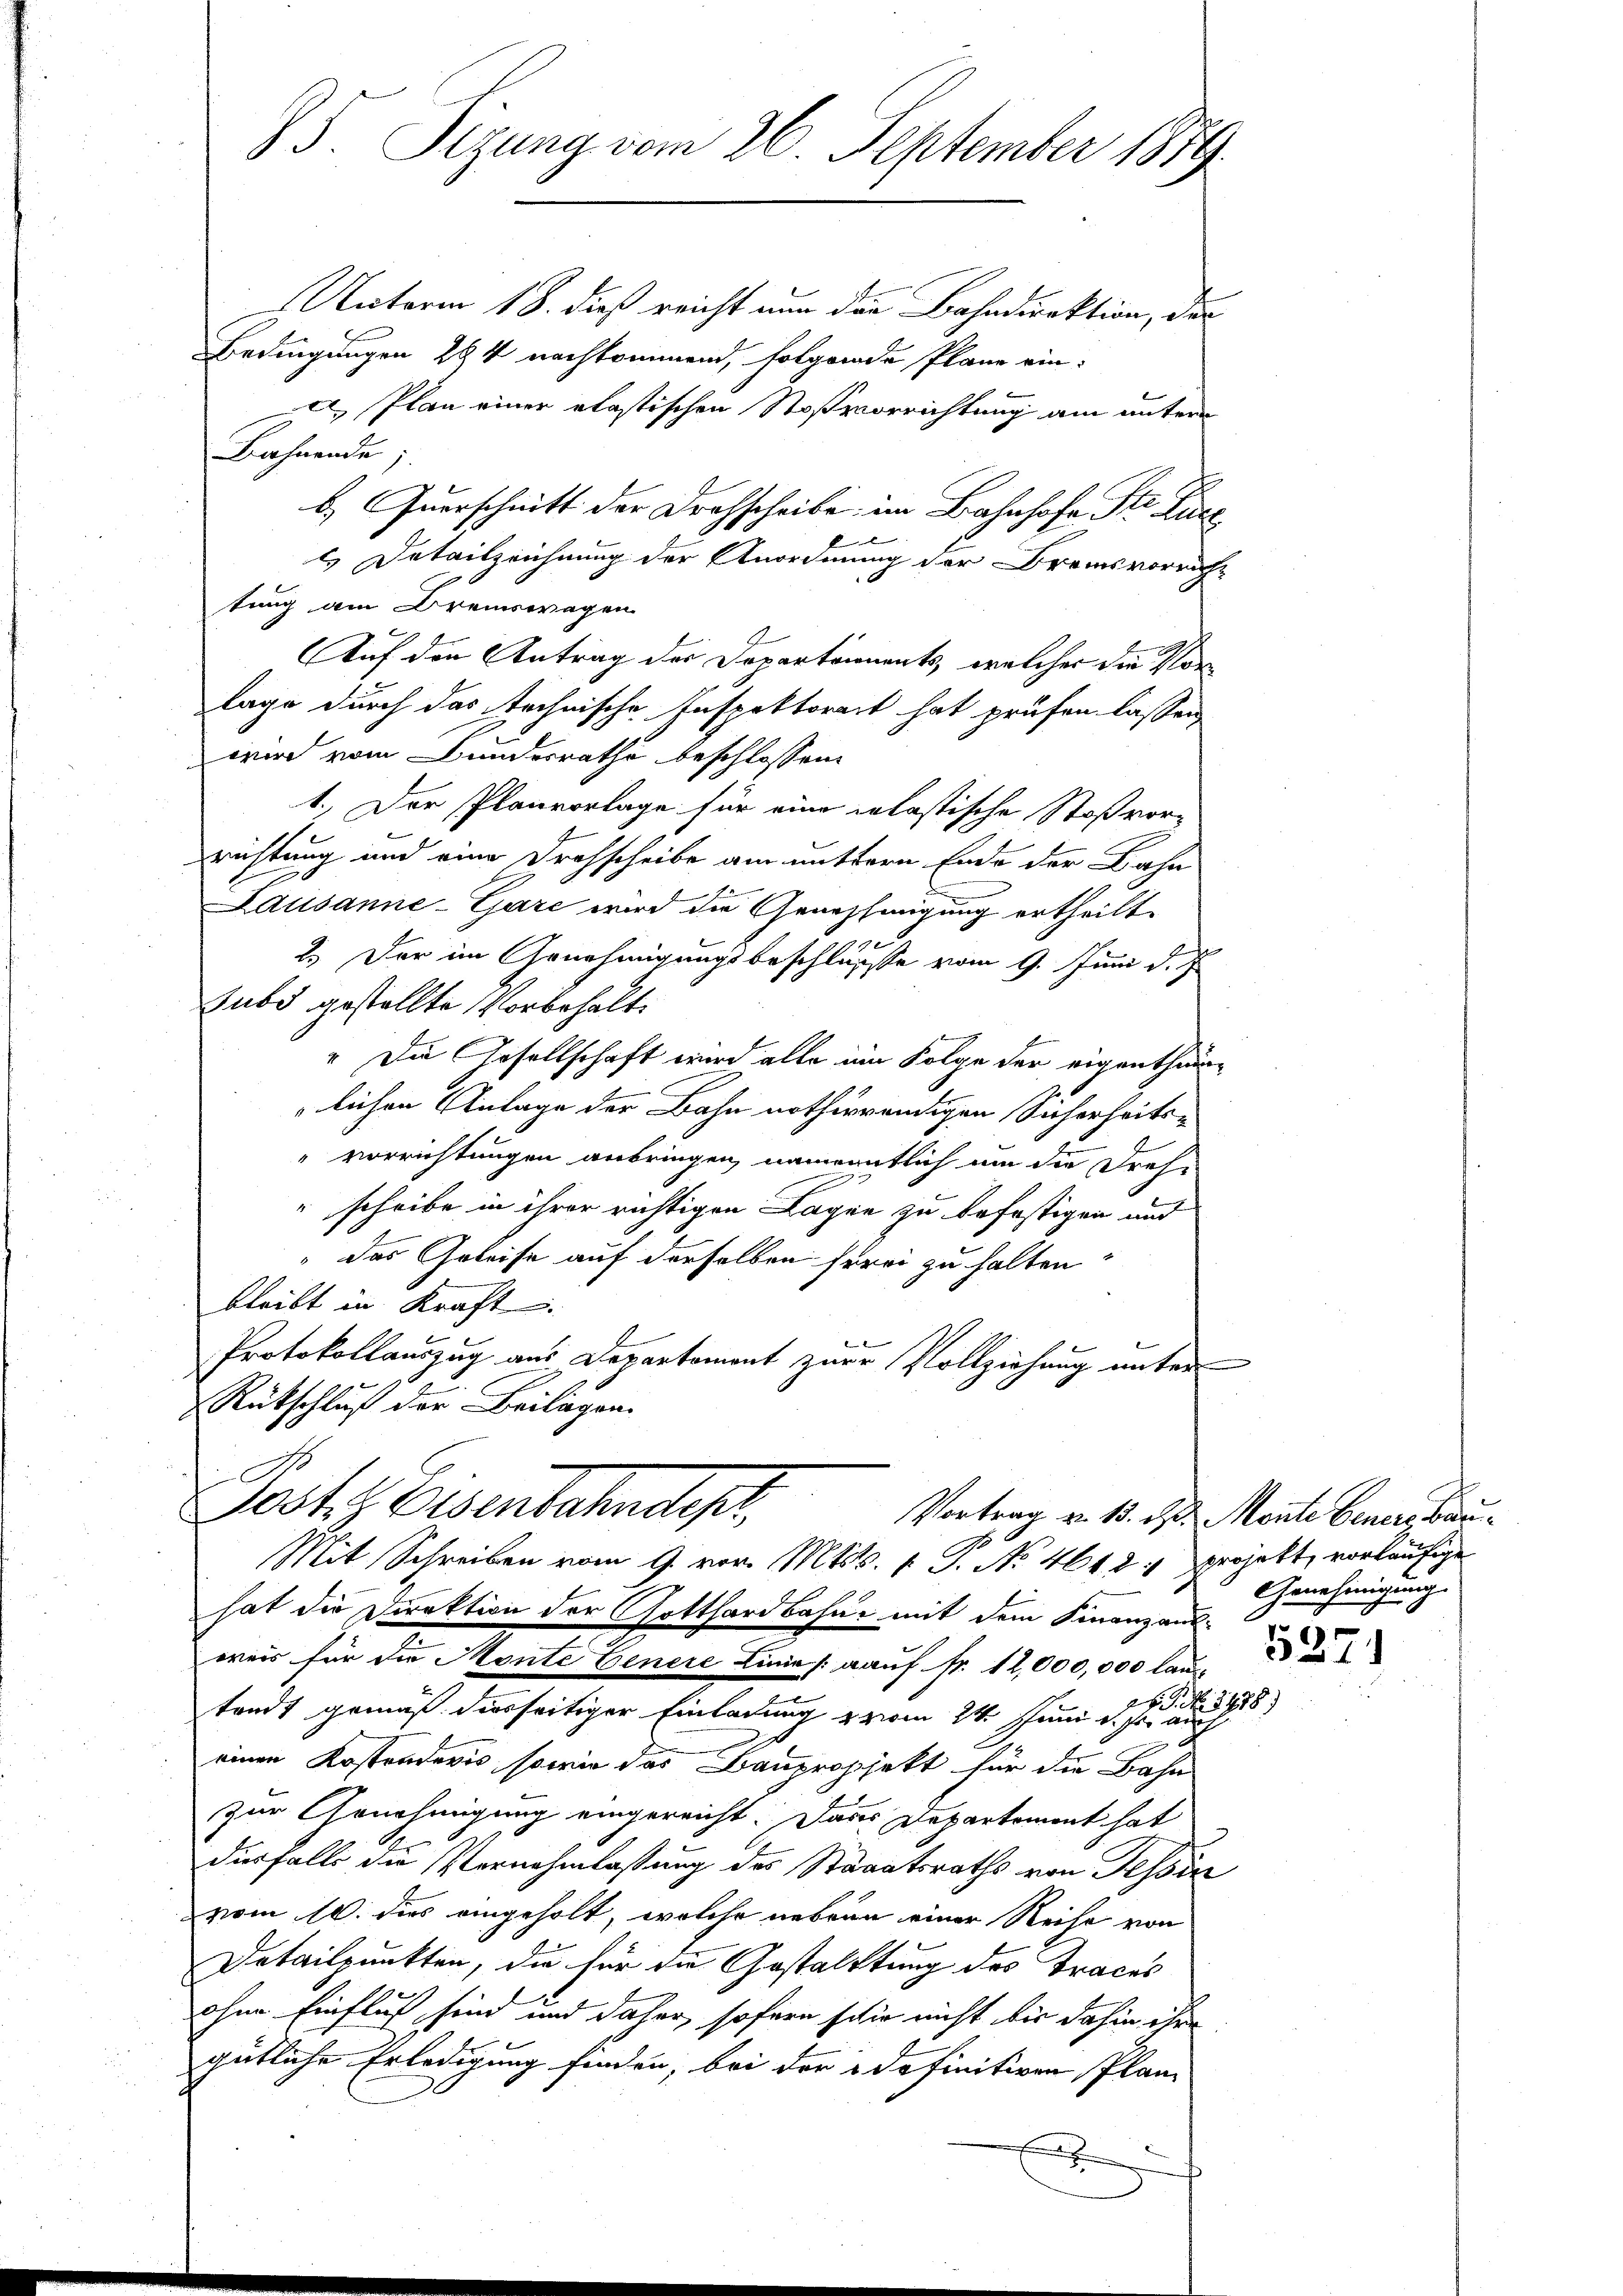
85. Sizung vom 26. September 1879.

Unterm 18. dieß reicht nun das Bahndirektion, der
Bedingungen 294 nachkommend, folgende Pläne ein-
 Plan einer elastischen Stoßvorrichtung am untern
Bahnende;
b. Querschnitt der Drohscheibe im Bahnhofe Str. Zurz

l. Detailzeichnung der Anordnung der Bremsvorrich-
tung am Dreinswegen
Auf den Antrag der Departements, welcher die Vor
lage durch das technische Inspektorat hat prüfen lassen
wird vom Bundesrathe beschlossen:
1.) Der Planvorlage für eine inlastische Stoßvor-
richtung und eine Drohscheibe am muttern Ende der Bahn
Lausanne-Gare wird die Genehmigung ertheilt.
 x
2.) Der im Arnehmigungsbeschlüsse vom 9. Juni d. J.
Subd gestellte Vorbehalte
" Die Gesellschaft wird alle im Folge der eigenthume
lichen Anlage der Bahn nothwendigen Sicherheits¬
"verrichtungen anbringen, namentlich um die Dreh-
scheibe in ihrer richtigen Lagen zu befestigen und
das Geleise auf derselben herei zu halten
bleibt in Kraft.
Protokollauszug aus Departement zur Vollziehung unter
Rückschluß der Beilagen.
.
Josts Eisenbahndepr
Vortrag v. 15. d. d. Mante Genere, au
Mit Schreiben vom 9. vor. Mts. 1. P. No. 4612. projekt, vorläufige
hat die Direktion der Gotthardbahne mit dem Finanzans-
weis für die Monte Genere Linie [aauf fr. 12,000,000 lau
tandt gemäß diesseitiger Einladung vom 24. Juni d. d. 188
einen Kostenderis, sowie das Baupropjekt für die Bahn
zur Genehmigung eingereicht. Dass Departement hat
durfalls die Vernehmlassung des Staaatsraths von Tessin
vom 10. dies angeholt, welche nebenn einer Reise von
Detailpunkten, die für die Gestaltung des Traces
ohne Einfluß sind und daher, sofern sie nicht bis dahin ihre
gütliche Erledigung finden, bei der definitiven Plan-

Genehmigung

5371